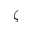
\zeta